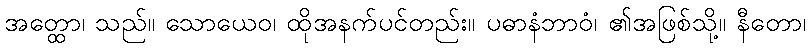
အတ္ထော၊ သည်။ သောယေဝ၊ ထိုအနက်ပင်တည်း။ ပဓာနံဘာဝံ၊ ၏အဖြစ်သို့။ နီတော၊